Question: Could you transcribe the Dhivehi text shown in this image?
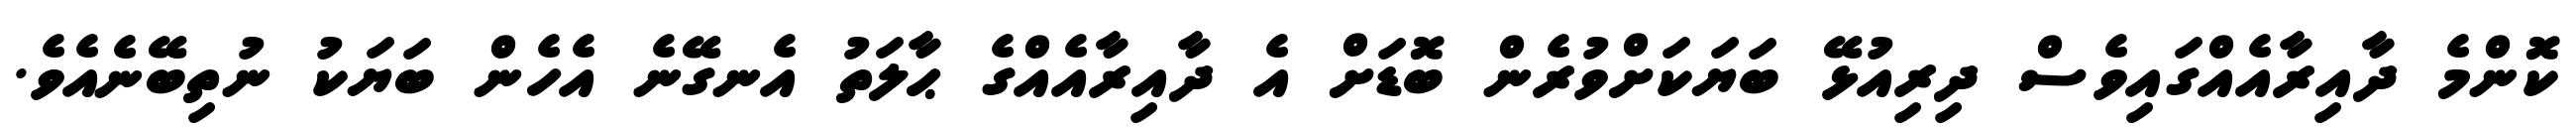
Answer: ކޮންމެ ދާއިރާއެއްގައިވެސް ދިރިއުޅޭ ބަޔަކަށްވުރެން ބޮޑަށް އެ ދާއިރާއެއްގެ ޙާލަތު އެނގޭނެ އެހެން ބަޔަކު ނުތިބޭނެއެވެ.